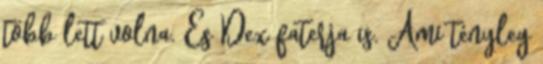
több lett volna. És Dex faterja is. Ami tényleg